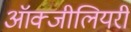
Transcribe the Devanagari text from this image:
ऑक्जीलियरी